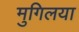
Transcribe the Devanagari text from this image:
मुगिलया